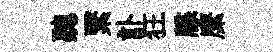
聽繄訃狂牒縻